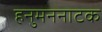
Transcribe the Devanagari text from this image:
हनुमननाटक